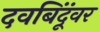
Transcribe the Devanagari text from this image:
दवबिंदूंवर